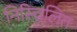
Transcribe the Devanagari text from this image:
निस्चिलित